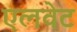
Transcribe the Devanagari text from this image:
एलवेट